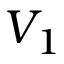
V _ { 1 }